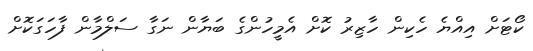
ކޯޓަށް އިއްޔެ ހެކިން ހާޒިރު ކޮށް އެމީހުންގެ ބަޔާން ނަގާ ސަލްމާން ފާހަގަކޮށް